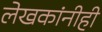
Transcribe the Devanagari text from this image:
लेखकांनीही